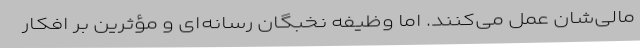
مالی‌شان عمل می‌کنند. اما وظیفه نخبگان رسانه‌ای و مؤثرین بر افکار